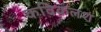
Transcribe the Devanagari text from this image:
कविकलश